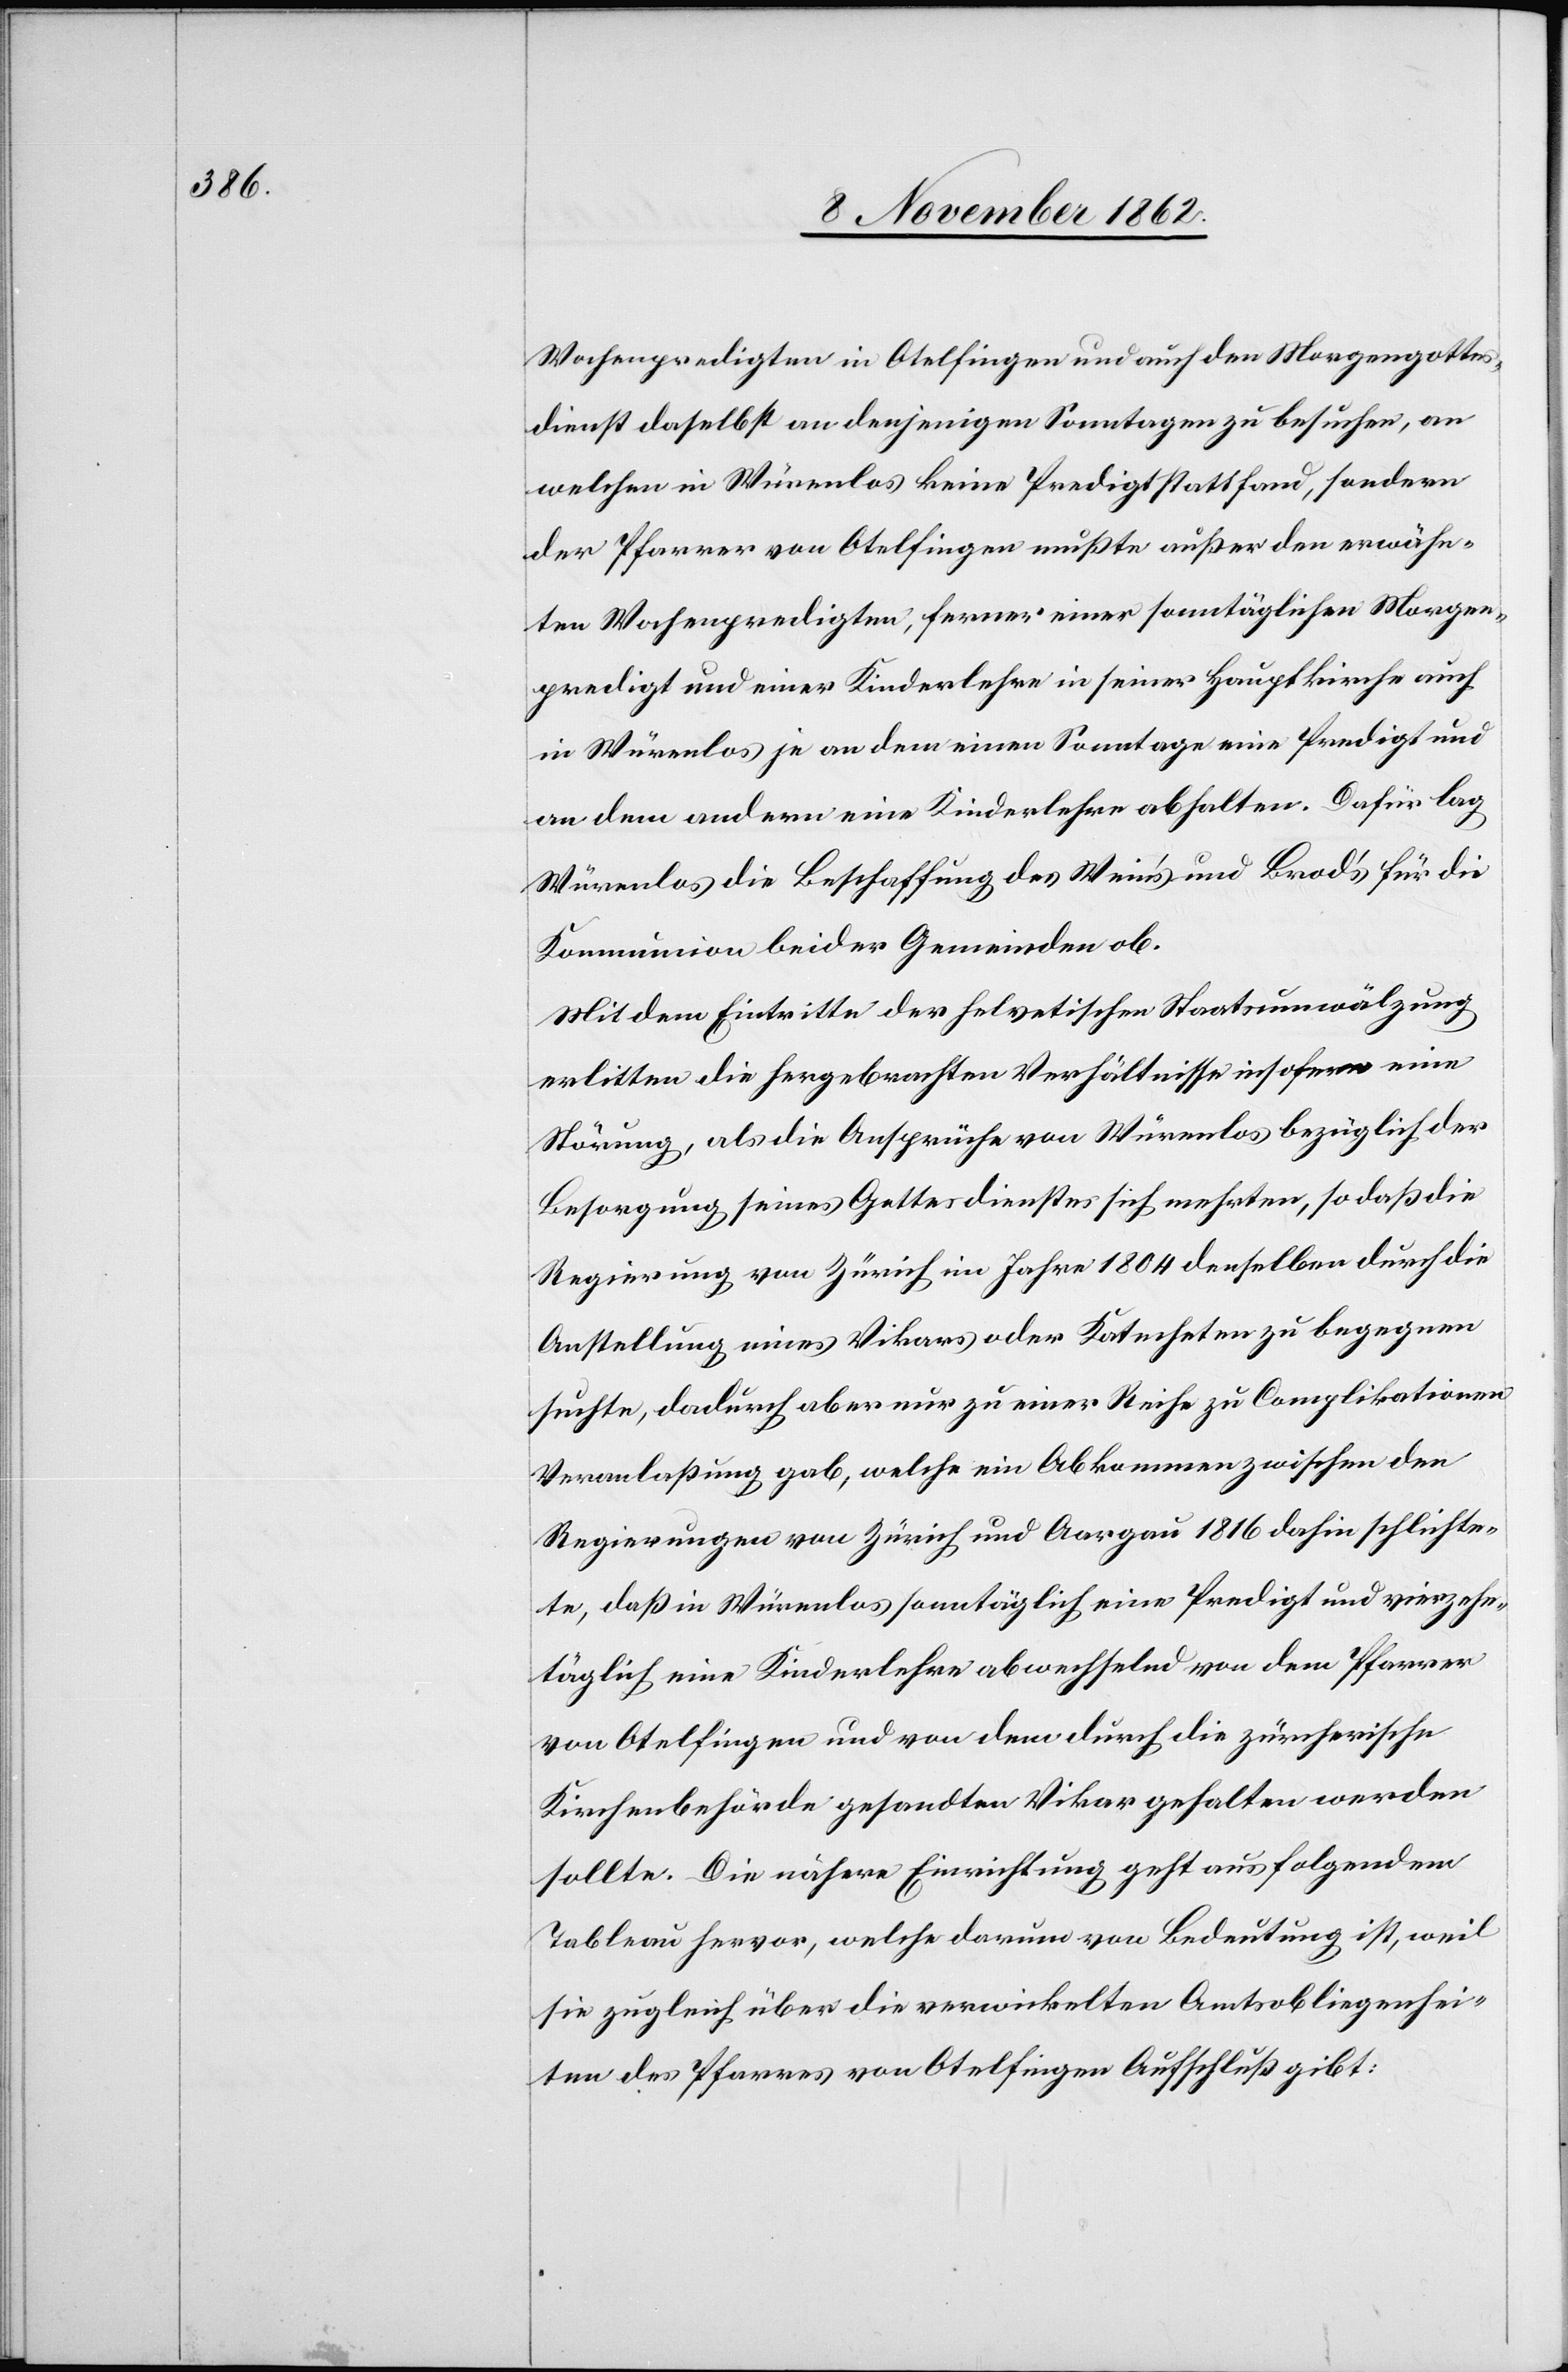
Wochenpredigten in Otelfingen und auch den Morgengottes¬
dienst daselbst an denjenigen Sonntagen zu besuchen, an
welchen in Würenlos keine Predigt statt fand, sondern
der Pfarrer von Otelfingen mußte außer den erwähn¬
ten Wochenpredigten, ferner einer sonntäglichen Morgen¬
predigt und einer Kinderlehre in seiner Hauptkirche auch
in Würenlos je an dem einen Sonntage eine Predigt und
an dem andern eine Kinderlehre abhalten. Dafür lag
Würenlos die Beschaffung des Wein’s und Brod’s für die
Kommunion beider Gemeinden ob.
Mit dem Eintritte der helvetischen Staatsumwälzung
erlitten die hergebrachten Verhältnisse insofern eine
Störung, als die Ansprüche von Würenlos bezüglich der
Besorgung seines Gottesdienstes sich mehrten, so daß die
Regierung von Zürich im Jahre 1804 denselben durch die
Anstellung eines Vikars oder Katecheten zu begegnen
suchte, dadurch aber nur zu einer Reihe zu Complikationen
Veranlaßung gab, welche ein Abkommen zwischen den
Regierungen von Zürich und Aargau 1816 dahin schlichte¬
te, daß in Würenlos sonntäglich eine Predigt und vierzehn¬
täglich eine Kinderlehre abwechselnd von dem Pfarrer
von Otelfingen und von dem durch die zürcherische
Kirchenbehörde gesandten Vikar gehalten werden
sollte. Die nähere Einrichtung geht aus folgendem
Tableau hervor, welche darum von Bedeutung ist, weil
sie zugleich über die verwickelten Amtsobliegenhei¬
ten des Pfarrers von Otelfingen Aufschluß gibt.